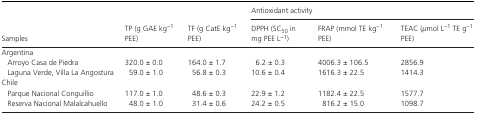
<table><thead><tr><td rowspan="2"><b>Samples</b></td><td rowspan="2"><b>TP (g GAE kg<sup>−1</sup> PEE)</b></td><td rowspan="2"><b>TF (g CatE kg<sup>−1</sup> PEE)</b></td><td colspan="3"><b>Antioxidant activity</b></td></tr><tr><td><b>DPPH (SC<sub>50</sub> in mg PEE L<sup>−1</sup>)</b></td><td><b>FRAP (mmol TE kg<sup>−1</sup> PEE)</b></td><td><b>TEAC (<i>μ</i>mol L<sup>−1</sup> TE g<sup>−1</sup> PEE)</b></td></tr></thead><tbody><tr><td colspan="6">Argentina</td></tr><tr><td>Arroyo Casa de Piedra</td><td>320.0 ± 0.0</td><td>164.0 ± 1.7</td><td>6.2 ± 0.3</td><td>4006.3 ± 106.5</td><td>2856.9</td></tr><tr><td>Laguna Verde, Villa La Angostura</td><td>59.0 ± 1.0</td><td>56.8 ± 0.3</td><td>10.6 ± 0.4</td><td>1616.3 ± 22.5</td><td>1414.3</td></tr><tr><td colspan="6">Chile</td></tr><tr><td>Parque Nacional Conguillio</td><td>117.0 ± 1.0</td><td>48.6 ± 0.3</td><td>22.9 ± 1.2</td><td>1182.4 ± 22.5</td><td>1577.7</td></tr><tr><td>Reserva Nacional Malalcahuello</td><td>48.0 ± 1.0</td><td>31.4 ± 0.6</td><td>24.2 ± 0.5</td><td>816.2 ± 15.0</td><td>1098.7</td></tr></tbody></table>